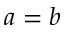
a = b